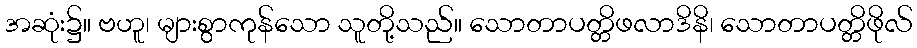
အဆုံး၌။ ဗဟူ၊ များစွာကုန်သော သူတို့သည်။ သောတာပတ္တိဖလာဒိနိ၊ သောတာပတ္တိဖိုလ်